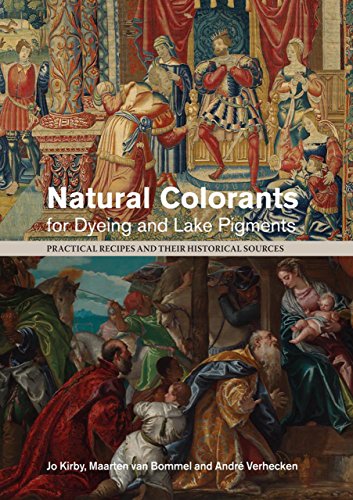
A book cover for Natural Colorants for Dyeing and Lake Pigments: Practical Recipes and their Historical Sources; Crafts, Hobbies & Home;